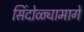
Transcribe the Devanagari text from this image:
सिंदोळ्यामागे